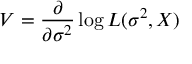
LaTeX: V = { \frac { \partial } { \partial \sigma ^ { 2 } } } \log L ( \sigma ^ { 2 } , X )